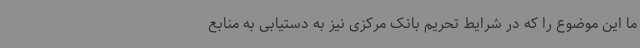
ما این موضوع را که در شرایط تحریم بانک مرکزی نیز به دستیابی به منابع